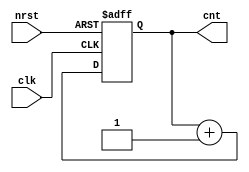
module oddBitCounter (
    input   clk, nrst,
    output  reg[1:0] cnt
);
    
    always @(posedge clk or negedge nrst) begin
        if (!nrst) 
            cnt <= 2'b00;
        else
            cnt <= cnt + 1;
    end
    
endmodule